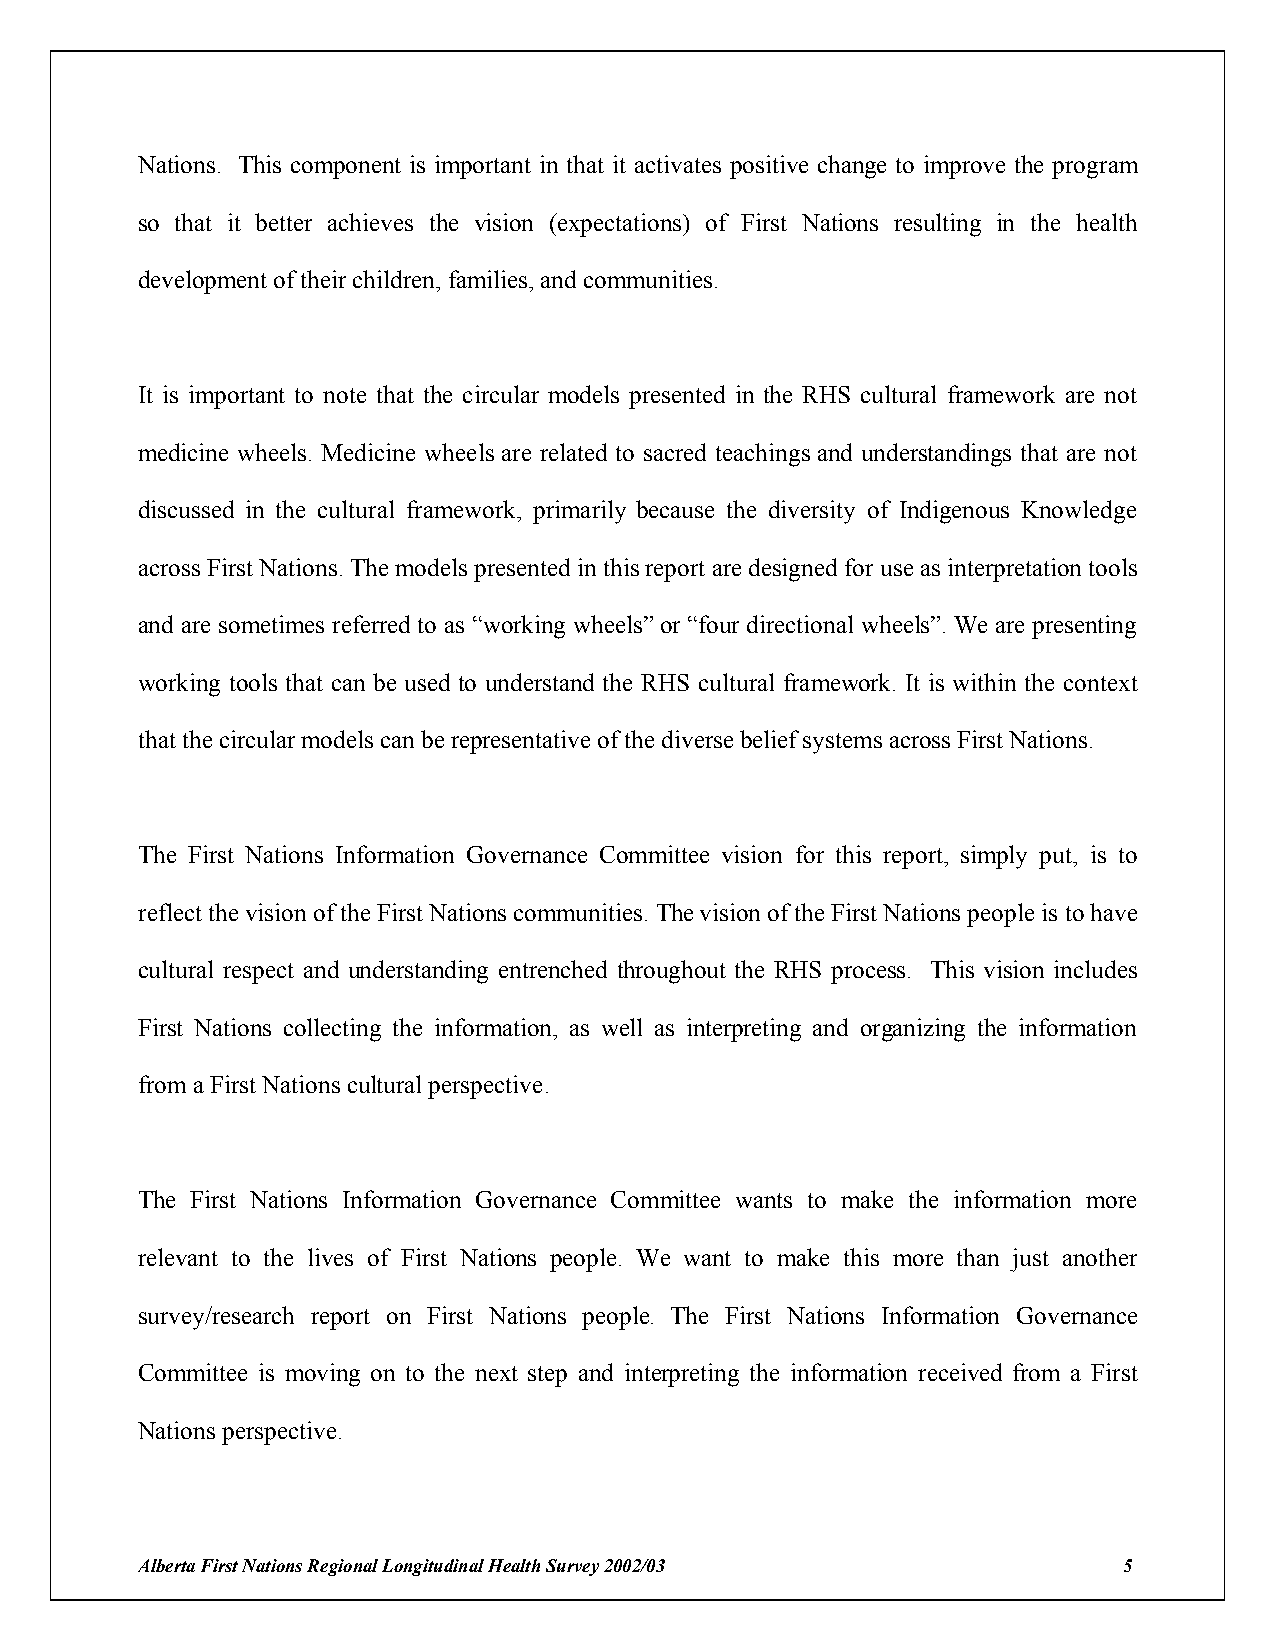
Nations. This component is important in that it activates positive change to improve the program
 so that it better achieves the vision (expectations) of First Nations resulting in the health
 development of their children, families, and communities.
 It is important to note that the circular models presented in the RHS cultural framework are not
 medicine wheels. Medicine wheels are related to sacred teachings and understandings that are not
 discussed in the cultural framework, primarily because the diversity of Indigenous Knowledge
 across First Nations. The models presented in this report are designed for use as interpretation tools
 and are sometimes referred to as “working wheels” or “four directional wheels”. We are presenting
 working tools that can be used to understand the RHS cultural framework. It is within the context
 that the circular models can be representative of the diverse belief systems across First Nations.
 The First Nations Information Governance Committee vision for this report, simply put, is to
 reflect the vision of the First Nations communities. The vision of the First Nations people is to have
 cultural respect and understanding entrenched throughout the RHS process. This vision includes
 First Nations collecting the information, as well as interpreting and organizing the information
 from a First Nations cultural perspective.
 The First Nations Information Governance Committee wants to make the information more
 relevant to the lives of First Nations people. We want to make this more than just another
 survey/research report on First Nations people. The First Nations Information Governance
 Committee is moving on to the next step and interpreting the information received from a First
 Nations perspective.
 Alberta First Nations Regional Longitudinal Health Survey 2002/03 5